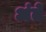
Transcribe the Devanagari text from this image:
अंते